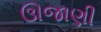
ઊજાણી